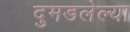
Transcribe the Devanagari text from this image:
दुमडलेल्या